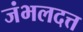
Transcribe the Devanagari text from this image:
जंभलदत्त